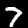
Label: 7